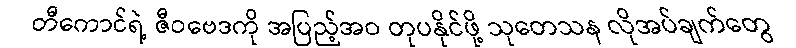
တီကောင်ရဲ့ ဇီဝဗေဒကို အပြည့်အဝ တုပနိုင်ဖို့ သုတေသန လိုအပ်ချက်တွေ